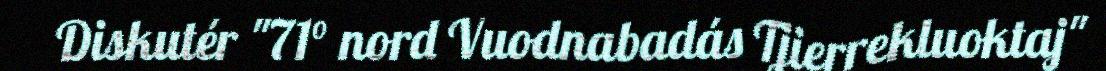
Diskutér "71° nord Vuodnabadás Tjierrekluoktaj"